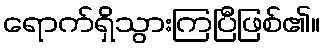
ရောက်ရှိသွားကြပြီဖြစ်၏။